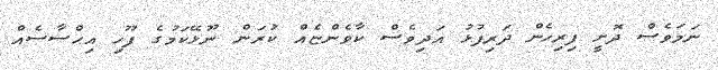
ނަމަވެސް ދޮށީ ފިރިހެން ދަރިފުޅު އަދިވެސް ކާވެންޏެއް ކުރަން ނޫޅޭކަމުގެ ފޫހި އިޙްސާސެއް